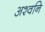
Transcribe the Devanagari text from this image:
अश्वनि